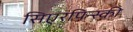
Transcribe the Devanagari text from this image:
सिएरपिन्स्की